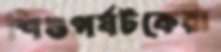
শিশুপর্যটকেরা